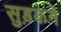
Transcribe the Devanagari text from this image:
सुड़कने